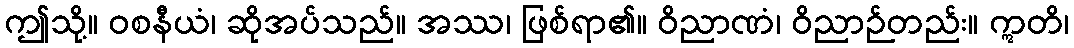
ဤသို့။ ဝစနီယံ၊ ဆိုအပ်သည်။ အဿ၊ ဖြစ်ရာ၏။ ဝိညာဏံ၊ ဝိညာဉ်တည်း။ ဣတိ၊